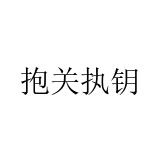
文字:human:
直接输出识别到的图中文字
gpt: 抱关执钥